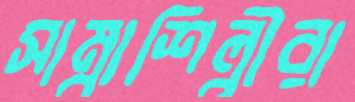
সাম্বাশিল্পীরা